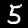
Label: 5